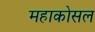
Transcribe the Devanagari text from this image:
महाकोसल